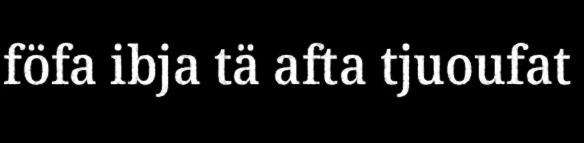
föfa ibja tä afta tjuoufat